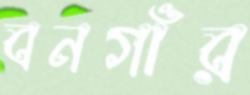
বনগাঁর